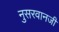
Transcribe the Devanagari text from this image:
नुसरवानजी